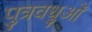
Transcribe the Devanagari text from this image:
पुत्रवधुओं